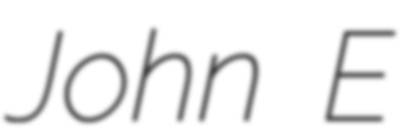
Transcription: John E